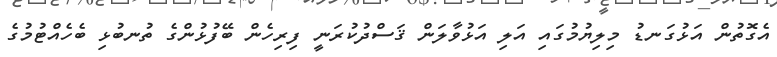
އެގޮތުން އަޅުގަނޑު މިލިޔުމުގައި އަލި އަޅުވާލަން ޤަސްދުކުރަނީ ފިރިހެން ބޭފުޅުންގެ ތުނބުޅި ބެހެއްޓުމުގެ